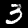
Digit: 3